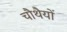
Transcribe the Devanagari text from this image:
चौथैयों